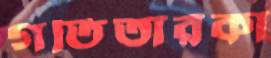
গতিতারকা